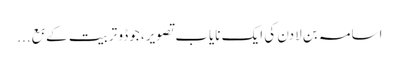
اسامہ بن لادن کی ایک نایاب تصویر، جوڈو تربیت کے بع...